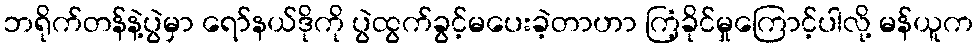
ဘရိုက်တန်နဲ့ပွဲမှာ ရော်နယ်ဒိုကို ပွဲထွက်ခွင့်မပေးခဲ့တာဟာ ကြံ့ခိုင်မှုကြောင့်ပါလို့ မန်ယူက